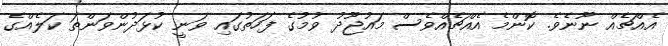
އެއްޗެއް ނޫނެވެ. ކޮންމެ އެއްޗެއްވެސް މައުޖޫދު ވުމުގެ ފަހަތުގައި ވަނީ ކުޅަދުންވަންތަ ކަލެއްގެ